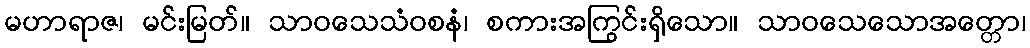
မဟာရာဇ၊ မင်းမြတ်။ သာဝသေသံဝစနံ၊ စကားအကြွင်းရှိသော။ သာဝသေသောအတ္တော၊